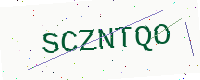
Text: SCZNTQO